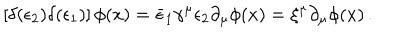
LaTeX: \left[ \delta ( \epsilon _ { 2 } ) \delta ( \epsilon _ { 1 } ) \right] \phi ( x ) = \bar { \epsilon } _ { 1 } \gamma ^ { \mu } \epsilon _ { 2 } \partial _ { \mu } \phi ( x ) = \xi ^ { \mu } \partial _ { \mu } \phi ( x ) \, .